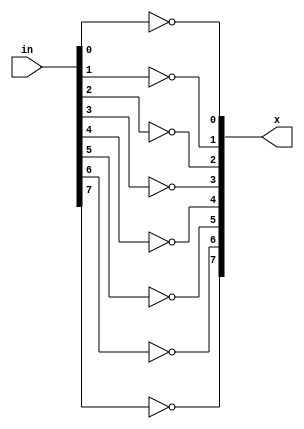
`timescale 1ns / 1ps
//////////////////////////////////////////////////////////////////////////////////
// Company: 
// Engineer: 
// 
// Design Name: 
// Module Name:    Not 
// Project Name: 
// Target Devices: 
// Tool versions: 
// Description: 
//
// Dependencies: 
//
// Revision: 
// Revision 0.01 - File Created
// Additional Comments: 
//
//////////////////////////////////////////////////////////////////////////////////
module Not(in, x);
	input wire [7:0] in;
	output wire [7:0] x;

	assign x[0] = ~in[0];
	assign x[1] = ~in[1];
	assign x[2] = ~in[2];
	assign x[3] = ~in[3];
	assign x[4] = ~in[4];
	assign x[5] = ~in[5];
	assign x[6] = ~in[6];
	assign x[7] = ~in[7];
	
	
endmodule